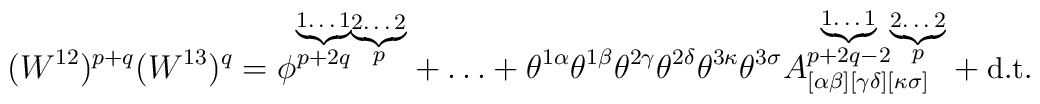
(W^{12})^{p+q}(W^{13})^{q}  = \phi^{\stackrel{\underbrace{\mbox{\scriptsize 1\ldots 1}}}{p+2q} \stackrel{\underbrace{\mbox{\scriptsize 2\ldots 2}}}{p}} + \ldots +  \theta^{1\alpha}\theta^{1\beta}\theta^{2\gamma}\theta^{2\delta} \theta^{3\kappa}\theta^{3\sigma}  A^{\stackrel{\underbrace{\mbox{\scriptsize 1\ldots 1}}}{p+2q-2} \stackrel{\underbrace{\mbox{\scriptsize 2\ldots 2}}}{p}}_{[\alpha\beta][\gamma\delta][\kappa\sigma]} + \mbox{\small d.t.}